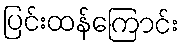
ပြင်းထန်ကြောင်း